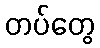
တပ်တွေ